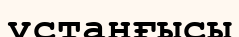
ұстанғысы